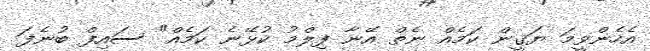
އެހެންވީމަ ޔަޤީން ކަމެއް ނެތް އޭނާ ފިލްމު ކުޅޭނެ ކަމެއް" ސައިފް ބުނެފަ